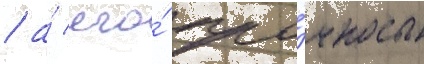
/ а́ его́ про́чность